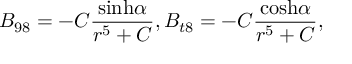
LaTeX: B _ { 9 8 } = - C { \frac { \mathrm { s i n h } \alpha } { r ^ { 5 } + C } } , B _ { t 8 } = - C { \frac { \mathrm { c o s h } \alpha } { r ^ { 5 } + C } } ,